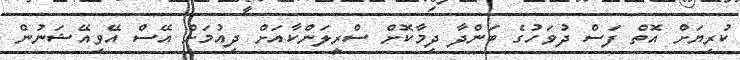
ކުރިޔަށް އޮތް ފަސް ދުވަހުގެ ބަންދާ ދިމާކޮށް ސްރީލަންކާއަށް ދިއުމަށް އޭސް އޭވިއޭޝަނުން